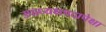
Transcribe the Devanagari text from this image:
उपाध्यक्षपदापेक्षा